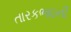
તારકભાઇની